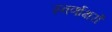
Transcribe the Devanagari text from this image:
स्‍वर्णाक्षरों